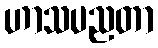
ဟာသပညတာ